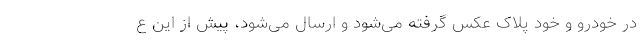
در خودرو و خود پلاک عکس گرفته می‌شود و ارسال می‌شود، پیش از این ع